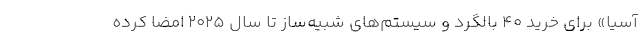
آسیا» برای خرید ۴۰ بالگرد و سیستم‌های شبیه‌ساز تا سال ۲۰۲۵ امضا کرده